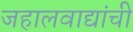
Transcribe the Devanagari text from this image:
जहालवाद्यांची